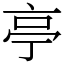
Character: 亭